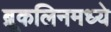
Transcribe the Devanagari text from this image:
ब्रूकलिनमध्ये